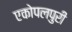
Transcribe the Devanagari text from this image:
एकोपलपुरी